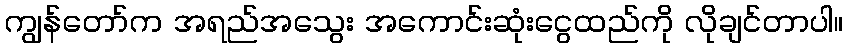
ကျွန်တော်က အရည်အသွေး အကောင်းဆုံးငွေထည်ကို လိုချင်တာပါ။